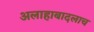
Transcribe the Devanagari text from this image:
अलाहाबादलाच